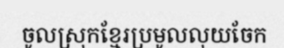
ចូលស្រុកខ្មែរប្រមូលលុយចែក